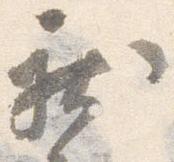
新